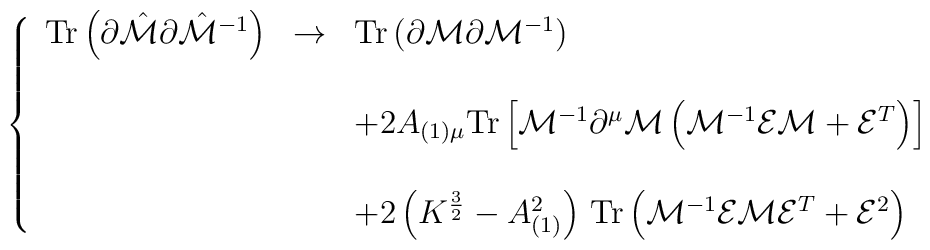
\left\{\begin{array}{rcl}{\rm Tr}\left(\partial\hat{\cal M} \partial\hat{\cal M}^{-1}\right) & \rightarrow & {\rm Tr}\left(\partial{\cal M} \partial{\cal M}^{-1}\right)  \\& & \\& &+2A_{(1)\mu} {\rm Tr}\left[ {\cal M}^{-1}\partial^{\mu}{\cal M}\left({\cal M}^{-1}{\cal E}{\cal M} +{\cal E}^{T}\right) \right]\\& & \\& & +2\left( K^{\frac{3}{2}} - A_{(1)}^{2}\right)\, {\rm Tr}\left({\cal M}^{-1}{\cal E} {\cal M}{\cal E}^{T} +{\cal E}^{2}\right)\end{array}\right.